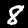
Label: 8